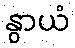
နွာယံ